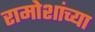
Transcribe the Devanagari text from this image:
रामोशांच्या